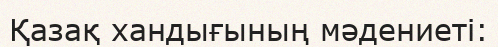
Қазақ хандығының мәдениеті: